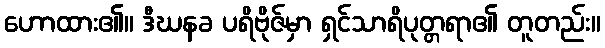
ဟောထား၏။ ဒီဃနခ ပရိဗိုဇ်မှာ ရှင်သာရိပုတ္တရာ၏ တူတည်း။